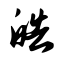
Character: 皓